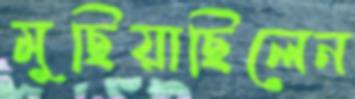
মুছিয়াছিলেন